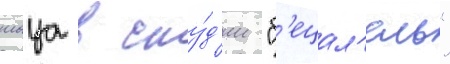
шаца в сту́д'ии "б'ецал'ель"